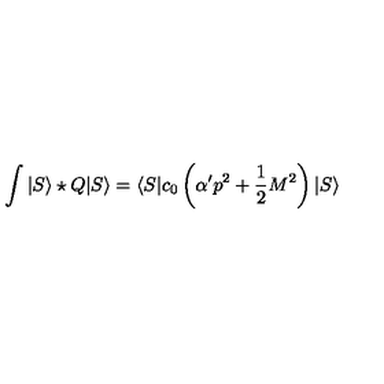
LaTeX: \int | S \rangle \star Q | S \rangle = \langle S | c _ { 0 } \left( \alpha ^ { \prime } p ^ { 2 } + \frac { 1 } { 2 } M ^ { 2 } \right) | S \rangle